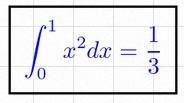
\int_0^1 x^2dx=\frac13